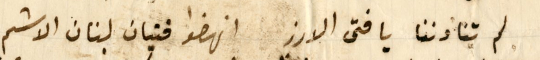
لم تنادننا يا فتى الارز انهضوا فتيان لبنان الاشم